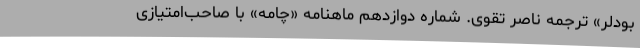
بودلر» ترجمه ناصر تقوی. شماره دوازدهم ماهنامه «چامه» با صاحب‌امتیازی